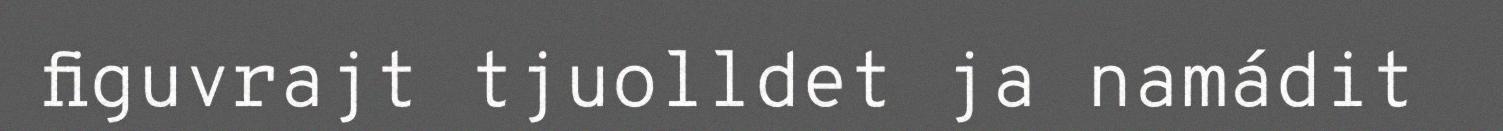
figuvrajt tjuolldet ja namádit